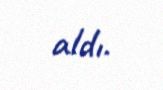
aldı.